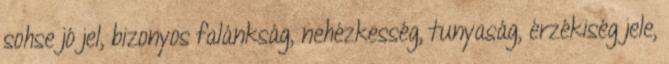
sohse jó jel, bizonyos falánkság, nehézkesség, tunyaság, érzékiség jele,